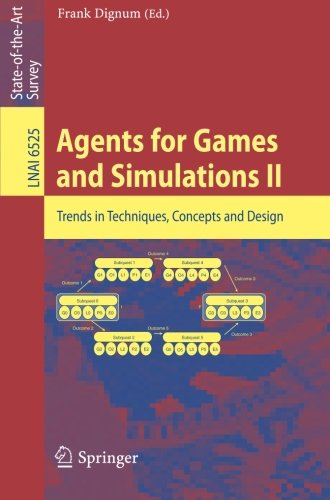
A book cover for Agents for Games and Simulations II: Trends in Techniques, Concepts and Design (Lecture Notes in Computer Science / Lecture Notes in Artificial Intelligence); Computers & Technology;